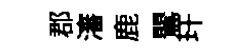
郡瀋鹿鸎玕